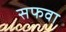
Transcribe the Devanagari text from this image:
सफवा